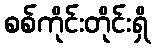
စစ်ကိုင်းတိုင်းရှိ